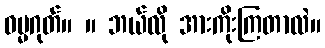
ဓမ္မဂုတ်။ ။ ဘယ်လို အားကိုးကြတာလဲ။